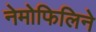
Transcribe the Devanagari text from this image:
नेमोफिलिने